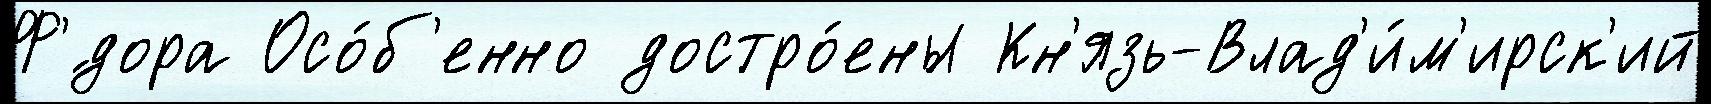
Ф'́дора Осо́б'енно достро́ены Кн'язь-Влад'и́м'ирск'ий